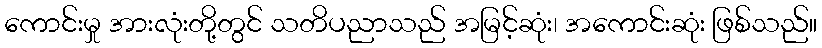
ကောင်းမှု အားလုံးတို့တွင် သတိပညာသည် အမြင့်ဆုံး၊ အကောင်းဆုံး ဖြစ်သည်။